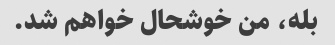
بله، من خوشحال خواهم شد.